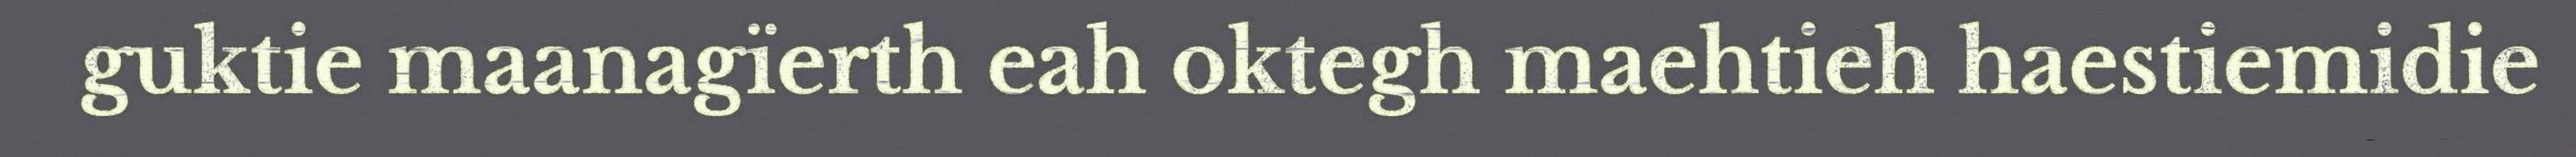
guktie maanagïerth eah oktegh maehtieh haestiemidie